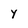
Character: Y